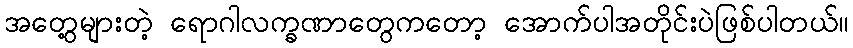
အတွေ့များတဲ့ ရောဂါလက္ခဏာတွေကတော့ အောက်ပါအတိုင်းပဲဖြစ်ပါတယ်။